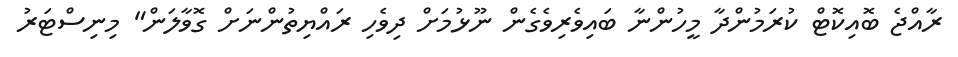
ރާއްޖެ ބޮއިކޮޓް ކުރަމުންދާ މީހުންނާ ބައިވެރިވެގެން ނޫޅުމަށް ދިވެހި ރައްޔިތުންނަށް ގޮވާލަން" މިނިސްޓަރު